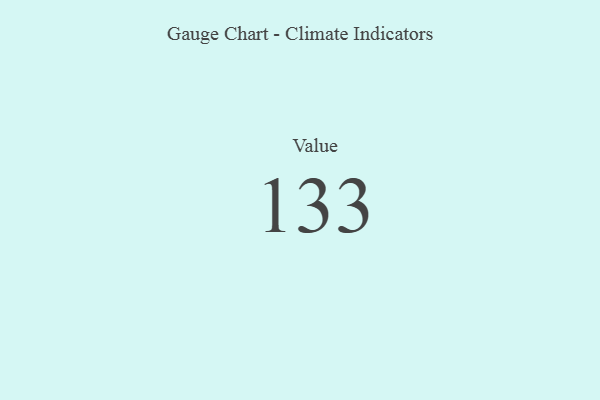
{"axis": {"x": "Metric", "y": "Value"}, "legend": [""], "data": [{"x": "Value", "y": 133, "type": ""}]}